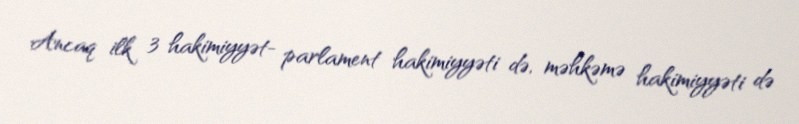
Ancaq ilk 3 hakimiyyət- parlament hakimiyyəti də, məhkəmə hakimiyyəti də